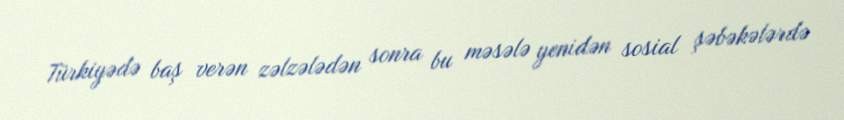
Türkiyədə baş verən zəlzələdən sonra bu məsələ yenidən sosial şəbəkələrdə